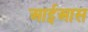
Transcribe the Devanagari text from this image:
आईआस